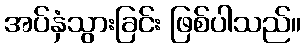
အပ်နှံသွားခြင်း ဖြစ်ပါသည်။